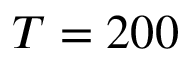
T = 2 0 0